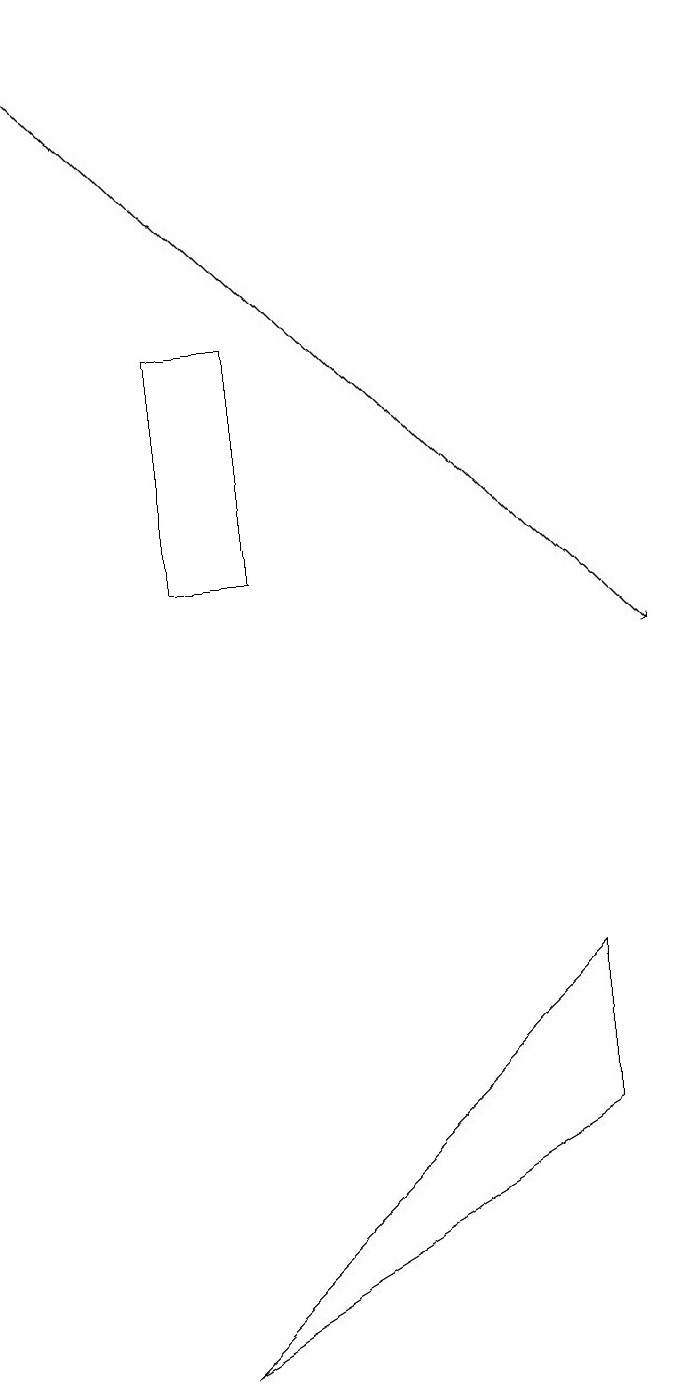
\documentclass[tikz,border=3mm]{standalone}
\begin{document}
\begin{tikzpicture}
\draw (2,15) rectangle (3,12);
\draw[->] (0,19) -- (8,11);
\draw (2,2) -- (7,7) -- (7,5) -- cycle;
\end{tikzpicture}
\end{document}